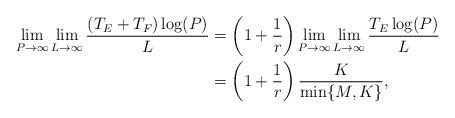
LaTeX: \begin{align*}\lim_{P\rightarrow \infty}\lim_{L\rightarrow \infty} \frac{(T_E + T_F)\log(P)}{L} &= \left(1 + \frac{1}{r}\right) \lim_{P\rightarrow \infty}\lim_{L\rightarrow \infty} \frac{T_E \log(P)}{L}\\&= \left(1 + \frac{1}{r}\right) \frac{K}{\min\{M,K\}},\end{align*}